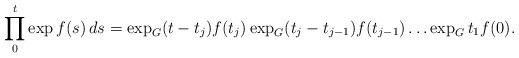
LaTeX: \begin{align*}\prod_0^t\exp f(s)\,ds =\exp_G (t-t_j)f(t_j)\exp_G(t_j-t_{j-1})f(t_{j-1})\ldots\exp_G t_1f(0).\end{align*}